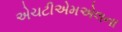
એચટીએમએલના